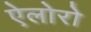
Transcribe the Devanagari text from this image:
ऐलोरो